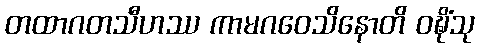
တထာဂတသီဟဿ ကာမဂဝေသိနောတိ ဝဍ္ဎိံသု